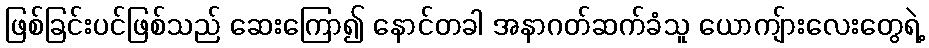
ဖြစ်ခြင်းပင်ဖြစ်သည် ဆေးကြော၍ နောင်တခါ အနာဂတ်ဆက်ခံသူ ယောကျ်ားလေးတွေရဲ့